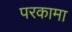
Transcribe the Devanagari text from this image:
परकामा